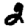
Digit: 2